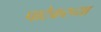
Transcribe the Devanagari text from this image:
पाटेकरच्या